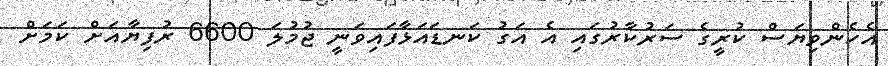
އެހެންވިޔަސް ކުރީގެ ސަރުކާރުގައި އެ އަގު ކަނޑައަޅާފައިވަނީ ޖުމުލަ 6600 ރުފިޔާއަށް ކަމަށް